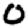
Digit: 0